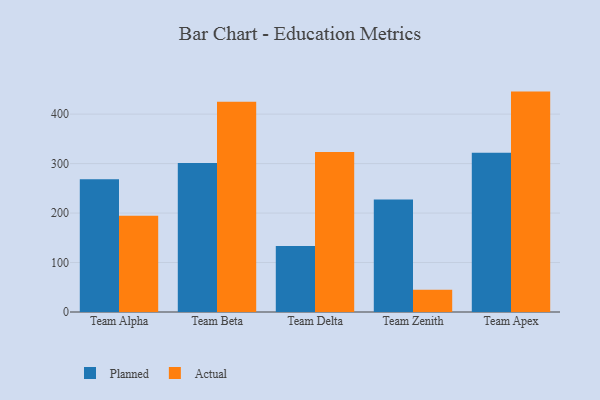
{"axis": {"x": "Team", "y": "Website Visitors"}, "legend": ["Actual", "Planned"], "data": [{"x": "Team Alpha", "y": 268.3, "type": "Planned"}, {"x": "Team Alpha", "y": 194.3, "type": "Actual"}, {"x": "Team Beta", "y": 301.3, "type": "Planned"}, {"x": "Team Beta", "y": 424.9, "type": "Actual"}, {"x": "Team Delta", "y": 133.4, "type": "Planned"}, {"x": "Team Delta", "y": 323.6, "type": "Actual"}, {"x": "Team Zenith", "y": 227.6, "type": "Planned"}, {"x": "Team Zenith", "y": 44.8, "type": "Actual"}, {"x": "Team Apex", "y": 322.0, "type": "Planned"}, {"x": "Team Apex", "y": 445.5, "type": "Actual"}]}